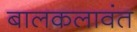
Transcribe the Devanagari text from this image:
बालकलावंत